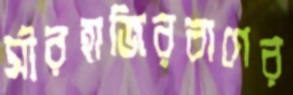
মীরহাজিরবাগের